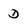
Character: D